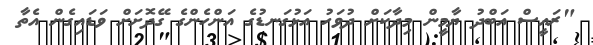
"ރައީސް އަބްދު ޔާމީން މިދާކަށް ދުވަހު އަޅުގަނޑުގެ އަންހެންގެ ގޭދޮށަށް ވަޑައިގެން އެތާ